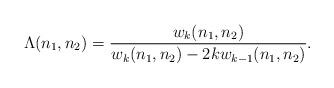
LaTeX: \begin{align*}\Lambda(n_1,n_2)=\frac{w_k(n_1,n_2)}{w_k(n_1,n_2)-2kw_{k-1}(n_1,n_2)}.\end{align*}